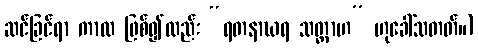
ဆင်ခြင်ရာ ကာလ ဖြစ်၍လည်း “ရတနာဃရ သတ္တာဟ” ဟုခေါ်သတတ်။)